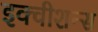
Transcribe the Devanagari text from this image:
इक्‍वीशन्‍स